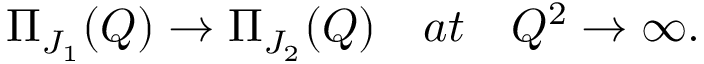
\Pi _ { J _ { 1 } } ( Q ) \rightarrow \Pi _ { J _ { 2 } } ( Q ) ~ ~ ~ a t ~ ~ ~ Q ^ { 2 } \rightarrow \infty .